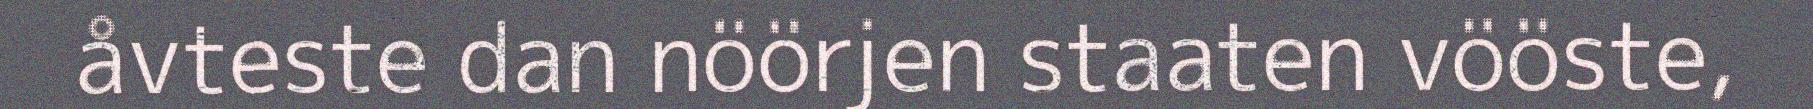
åvteste dan nöörjen staaten vööste,